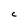
Character: C